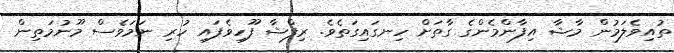
ތުއިވެލަމުން މާޝާ އިފާންމެންގެ ގާތަށް ހިނގައިގަތެވެ. ރިފްޝާ ފޫހިވެފައި ހުރި ނަމަވެސް މޫނުމަތިން